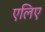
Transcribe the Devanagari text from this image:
एलिए